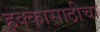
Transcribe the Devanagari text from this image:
हक्कासाठीचा